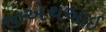
જીએચઆઈ